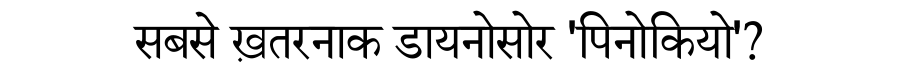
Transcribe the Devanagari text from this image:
सबसे ख़तरनाक डायनोसोर 'पिनोकियो'?